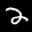
Label: 2